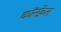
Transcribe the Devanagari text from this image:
कॉन्फ़्रेस